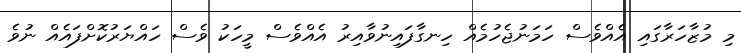
މި މުޒާހަރާގައި އެއްވެސް ހަމަނުޖެހުމެއް ހިނގާފައިނުވާއިރު އެއްވެސް މީހަކު ވެސް ހައްޔަރުކޮށްފައެއް ނުވެ